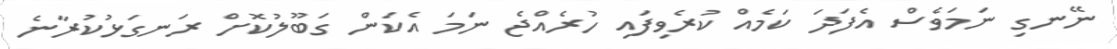
ނޭނގި ނަމަވެސް އެފަދަ ކަމެއް ކުރެވިފައި ހުރެއްޖެ ނަމަ އެކަން ގަބޫލުކޮށް ރަނގަޅުކުރާނެ